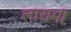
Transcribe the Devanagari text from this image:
लारामी